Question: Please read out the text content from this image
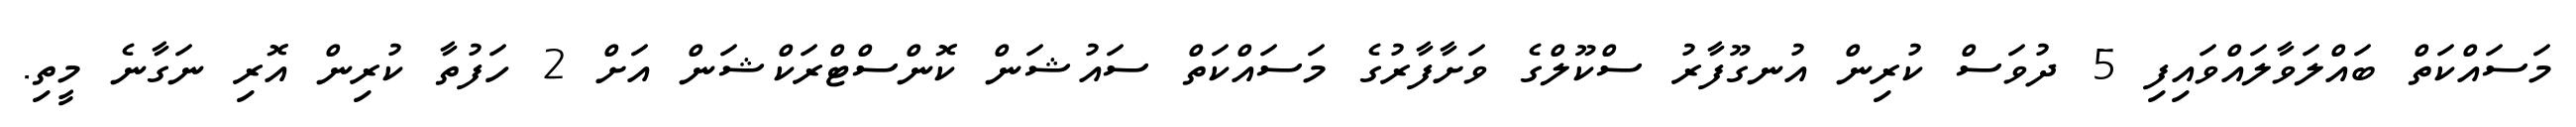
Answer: މަސައްކަތް ބައްލަވާލައްވައިފި 5 ދުވަސް ކުރިން އުނގޫފާރު ސްކޫލްގެ ވަށާފާރުގެ މަސައްކަތް ސައުޝަން ކޮންސްޓްރަކްޝަން އަށް 2 ހަފުތާ ކުރިން އޮރި ނަގާނެ މީތި.